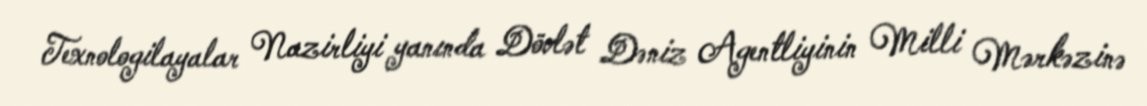
Texnologilayalar Nazirliyi yanında Dövlət Dəniz Agentliyinin Milli Mərkəzinə